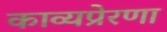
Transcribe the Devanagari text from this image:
काव्यप्रेरणा